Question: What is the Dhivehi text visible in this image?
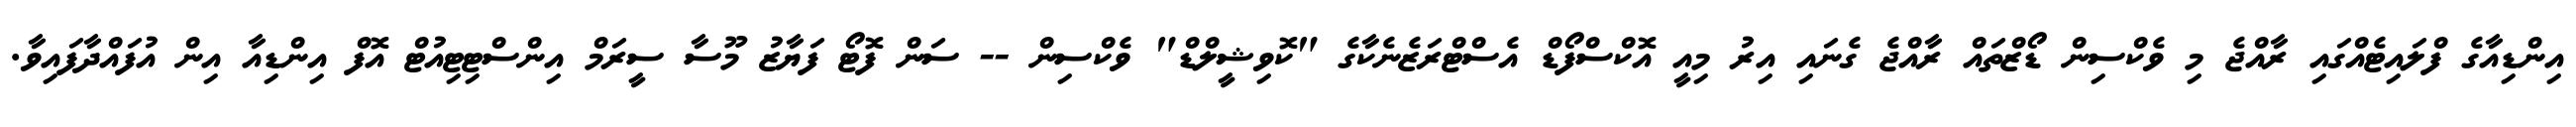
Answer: އިންޑިއާގެ ފްލައިޓެއްގައި ރާއްޖެ މި ވެކްސިން ޑޯޒްތައް ރާއްޖެ ގެނައި އިރު މިއީ އޮކްސްފޯޑް އެސްޓްރަޒެނެކާގެ "ކޮވިޝީލްޑް" ވެކްސިން -- ސަން ފޮޓޯ ފަޔާޒު މޫސާ ސީރަމް އިންސްޓިޓިއުޓް އޮފް އިންޑިއާ އިން އުފައްދާފައިވާ.